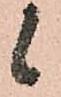
候